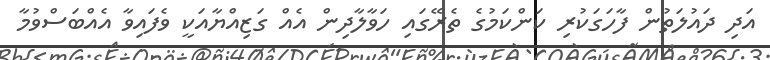
އަދި ދައުލަތުން ފާހަގަކުރި ކަންކަމުގެ ތެރޭގައި ހަވާލާދިން އެއް ގަޒިއްޔާއަކީ ވެފައިވާ އެއްބަސްވުމާ